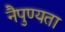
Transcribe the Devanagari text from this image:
नैपुण्यता